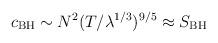
LaTeX: \begin{align*}c_{\rm BH} \sim N^2 (T/\lambda^{1/3})^{9/5} \approx S_{\rm BH}\end{align*}